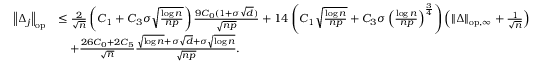
\begin{array} { r l } { \left\| { \Delta _ { j } } \right\| _ { \mathrm { o p } } } & { \leq \frac { 2 } { \sqrt { n } } \left( C _ { 1 } + C _ { 3 } \sigma \sqrt { \frac { \log n } { n p } } \right) \frac { 9 C _ { 0 } ( 1 + \sigma \sqrt { d } ) } { \sqrt { n p } } + 1 4 \left( C _ { 1 } \sqrt { \frac { \log n } { n p } } + C _ { 3 } \sigma \left( \frac { \log n } { n p } \right) ^ { \frac { 3 } { 4 } } \right) \left( \left\| { \Delta } \right\| _ { \mathrm { o p , \infty } } + \frac { 1 } { \sqrt { n } } \right) } \\ & { \quad + \frac { 2 6 C _ { 0 } + 2 C _ { 5 } } { \sqrt { n } } \frac { \sqrt { \log n } + \sigma \sqrt { d } + \sigma \sqrt { \log n } } { \sqrt { n p } } . } \end{array}